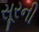
સૂરની